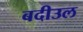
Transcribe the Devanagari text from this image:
बदीउल